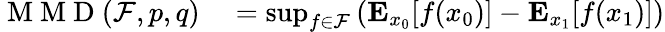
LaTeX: \begin{array}{rl}{\mathrm{~M~M~D~}(\mathcal{F},p,q)}&{{}=\operatorname*{sup}_{f\in\mathcal{F}}\left(\mathbf{E}_{x_{0}}[f(x_{0})]-\mathbf{E}_{x_{1}}[f(x_{1})]\right)}\end{array}